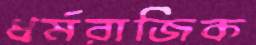
ধর্মরাজিক